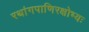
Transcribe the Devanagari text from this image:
रथांगपाणिरक्षोभ्यः